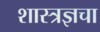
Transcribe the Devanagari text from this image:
शास्त्रज्ञचा